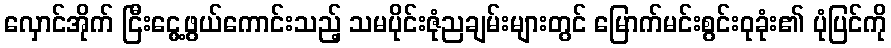
လှောင်အိုက် ငြီးငွေ့ဖွယ်ကောင်းသည့် သမပိုင်းဇုံညချမ်းများတွင် မြောက်မင်းစွင်းဝုခုံး၏ ပုံပြင်ကို